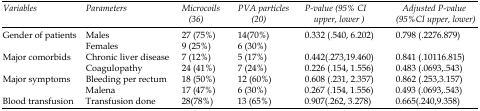
<table><thead><tr><td><b>Variable</b></td><td><b>Parameters</b></td><td><b>Microcoils (36)</b></td><td><b>PVA particles (20)</b></td><td><b>P-value (95% CI upper, lower)</b></td><td><b>Adjusted P-value (95%CI upper, lower)</b></td></tr></thead><tbody><tr><td rowspan="2">Gender of patients</td><td>Males</td><td>27 (75%)</td><td>14(70%)</td><td rowspan="2">0.332 (.540, 6.202)</td><td rowspan="2">0.798 (.2276.879)</td></tr><tr><td>Females</td><td>9 (25%)</td><td>6 (30%)</td></tr><tr><td rowspan="2">Major comorbids</td><td>Chronic liver disease</td><td>7 (12%)</td><td>5 (17%)</td><td>0.442(.273,19.460)</td><td>0.841 (.10116.815)</td></tr><tr><td>Coagulopathy</td><td>24 (41%)</td><td>7 (24%)</td><td>0.226 (.154, 1.556)</td><td>0.483 (.0693,.543)</td></tr><tr><td rowspan="2">Major symptoms</td><td>Bleeding per rectum</td><td>18 (50%)</td><td>12 (60%)</td><td>0.608 (.231, 2.357)</td><td>0.862 (.253,3.157)</td></tr><tr><td>Malena</td><td>17 (47%)</td><td>6 (30%)</td><td>0.267 (.154, 1.556)</td><td>0.493 (.0693,.543)</td></tr><tr><td>Blood transfusion</td><td>Transfusion done</td><td>28(78%)</td><td>13 (65%)</td><td>0.907(.262, 3.278)</td><td>0.665(.240,9.358)</td></tr></tbody></table>